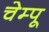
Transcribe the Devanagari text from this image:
चेम्पू